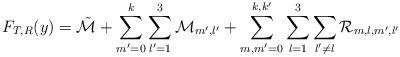
LaTeX: \begin{align*}F_{T,R}(y) = \mathcal{\tilde{M}} + \sum_{m'=0}^k \sum_{l'=1}^3 \mathcal{M}_{m',l'} + \sum_{m, m'=0}^{k, k'} \sum_{l=1}^3 \sum_{l' \neq l} \mathcal{R}_{m,l,m',l'}\end{align*}